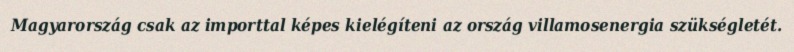
Magyarország csak az importtal képes kielégíteni az ország villamosenergia szükségletét.